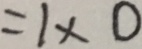
= 1 \times 0